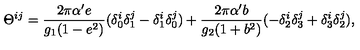
\Theta ^ { i j } = \frac { 2 \pi \alpha ^ { \prime } e } { g _ { 1 } ( 1 - e ^ { 2 } ) } ( \delta _ { 0 } ^ { i } \delta _ { 1 } ^ { j } - \delta _ { 1 } ^ { i } \delta _ { 0 } ^ { j } ) + \frac { 2 \pi \alpha ^ { \prime } b } { g _ { 2 } ( 1 + b ^ { 2 } ) } ( - \delta _ { 2 } ^ { i } \delta _ { 3 } ^ { j } + \delta _ { 3 } ^ { i } \delta _ { 2 } ^ { j } ) ,